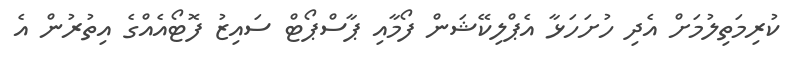
ކުރިމަތިލުމަށް އެދި ހުށަހަޅާ އެޕްލިކޭޝަން ފޯމާއި ޕާސްޕޯޓް ސައިޒު ފޮޓޯއެއްގެ އިތުރުން އެ